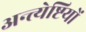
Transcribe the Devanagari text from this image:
अन्त्येष्टियों